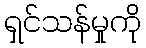
ရှင်သန်မှုကို